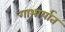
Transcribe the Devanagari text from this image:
गाभार्यात